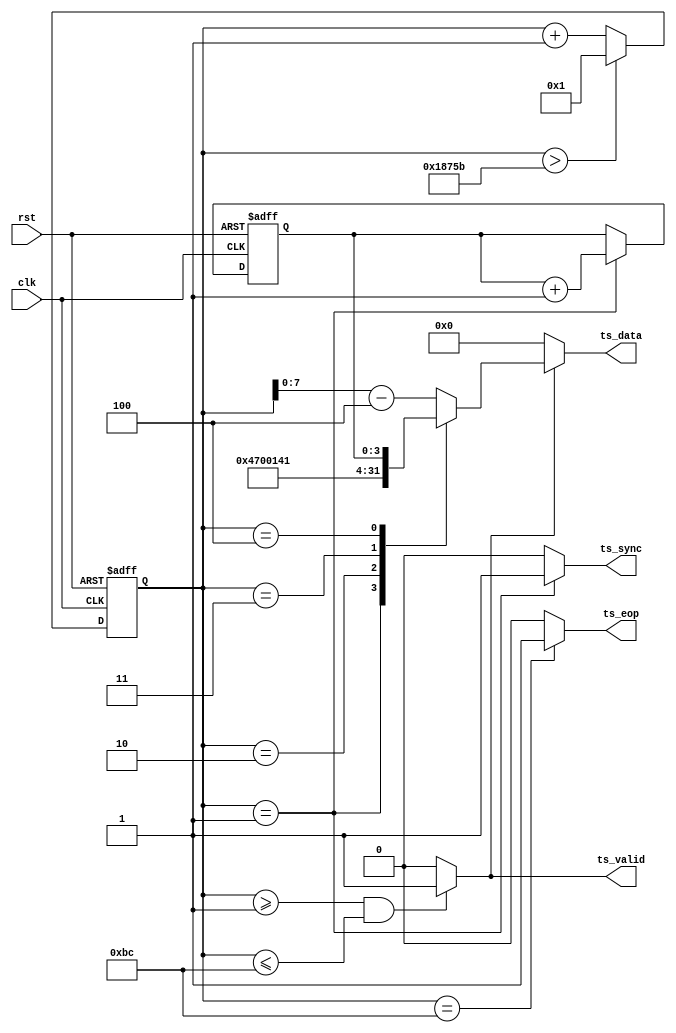
/*************************************************************************************\
    Copyright(c) 2012, China Digital TV Holding Co., Ltd,All right reserved
    Department   :   New Media,R&D Hardware Department
    Filename     :   scrambler_ts_gen.v
    Author       :   huangrui/1480
    ==================================================================================
    Description  :
    
    ==================================================================================
    Modification History:
    Date        By                  Rev.        Prj.        Change Description
    ----------------------------------------------------------------------------------
    2013-03-04  huangrui/1480       1.0         IPQAM       Create
    ==================================================================================
    Called by    :   scrambler_ts_gen.v
    File tree    :   scrambler_ts_gen.v
\************************************************************************************/

`timescale 1ns/100ps

module scrambler_ts_gen(
    rst                         ,
    clk                         ,   
    ts_sync                     ,
    ts_valid                    ,
    ts_eop                      ,
    ts_data
    );

parameter   U_DLY                       = 1                         ;
parameter   PKT_INTERVAL                = 100000                    ;
parameter   ADAPT_FIELD_CTRL            = 2'b01                     ;   //only payload
parameter   ADAPT_FIELD_LEN             = 8'h10                     ;

input                                   rst                         ;
input                                   clk                         ;

output                                  ts_sync                     ;
output                                  ts_valid                    ;
output                                  ts_eop                      ;
output  [7:0]                           ts_data                     ;

reg     [11:0]                          byte_cnt                    ;
wire                                    ts_sync                     ;
wire                                    ts_valid                    ;
reg     [7:0]                           ts_data                     ;
wire                                    ts_eop                      ;

reg     [3:0]                           ts_cc                       ;
reg     [7:0]                           pkt_cnt                     ;

always@(posedge clk or posedge rst)
begin
    if(rst==1'b1)
    begin
        byte_cnt    <=  12'h000;
    end
    else if(byte_cnt >187 + PKT_INTERVAL)
    begin
        byte_cnt    <=  12'h001;  
    end
    else
    begin
        byte_cnt    <=  byte_cnt + 12'h001;
    end
end

assign  ts_valid    = ((byte_cnt>=1) && (byte_cnt<=188)) ? 1'b1 : 1'b0;
assign  ts_sync     = (byte_cnt==1) ? 1'b1 : 1'b0;
assign  ts_eop      = (byte_cnt==188) ? 1'b1 : 1'b0;

always@(posedge clk or posedge rst)
begin
    if(rst==1'b1)
    begin
        ts_cc   <=  4'h0;
    end
    else if(byte_cnt==12'h001)
    begin
        ts_cc   <=  ts_cc + 4'h1;
    end
end

always@(posedge clk or posedge rst)
begin
    if(rst==1'b1)
    begin
        pkt_cnt <=  8'h00;
    end
    else if(byte_cnt==12'h001)
    begin
        pkt_cnt <=  pkt_cnt + 8'h01;
    end
end

always@*
begin
    if(ts_valid==1'b1)
    begin
        case(byte_cnt)
        12'd1:  ts_data =   8'h47;
        12'd2:  ts_data =   8'h00;
        12'd3:  ts_data =   8'h14;  //ts_pid
        12'd4:  ts_data =   {2'b00,ADAPT_FIELD_CTRL,ts_cc[3:0]};
        default:ts_data =   {4'h0,byte_cnt[7:0]} - 12'd4;
        endcase
    end
    else
    begin
        ts_data =   8'h00;
    end
end
 
endmodule